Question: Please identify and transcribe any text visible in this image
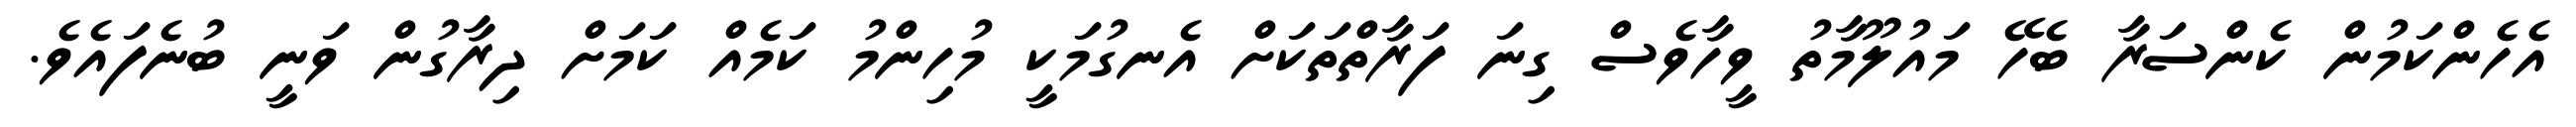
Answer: އެހެންކަމުން ކެންސަރާ ބެހޭ މައުލޫމާތު ވީހާވެސް ގިނަ ފަރާތްތަކަށް އެނގުމަކީ މުހިންމު ކަމެއް ކަމަށް ދިރާގުން ވަނީ ބުނެފައެވެ.